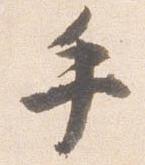
手